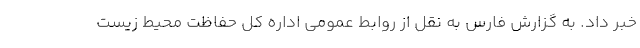
خبر داد. به گزارش فارس به نقل از روابط عمومی اداره کل حفاظت محیط زیست